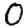
Digit: 0